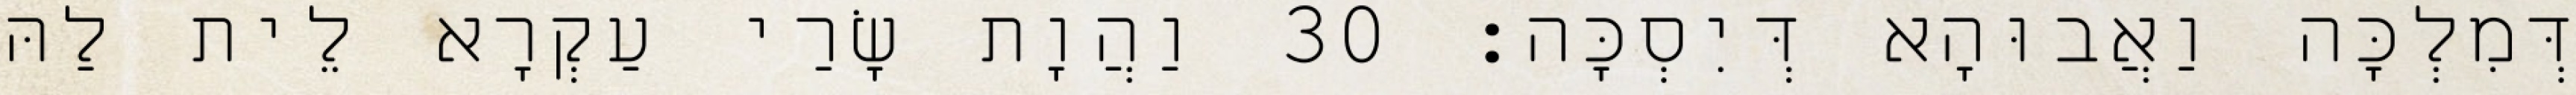
דְּמִלְכָּה וַאֲבוּהָא דְּיִסְכָּה׃ 30 וַהֲוָת שָׂרַי עַקְרָא לֵית לַהּ